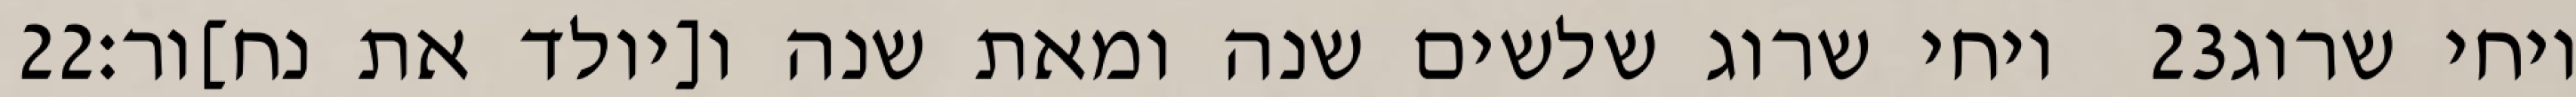
‎22‏ ויחי שרוג שלשים שנה ומאת שנה ו[יולד את נח]ור׃ ‎23‏ ויחי שרוג